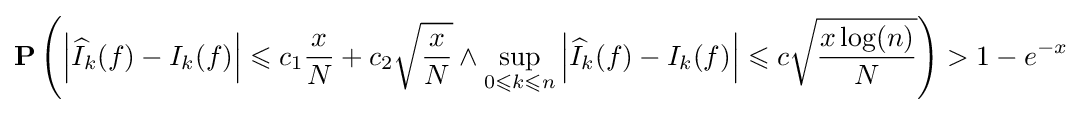
\mathbf {P} \left(\left|{\widehat {I}}_{k}(f)-I_{k}(f)\right|\leqslant c_{1}{\frac {x}{N}}+c_{2}{\sqrt {\frac {x}{N}}}\land \sup _{0\leqslant k\leqslant n}\left|{\widehat {I}}_{k}(f)-I_{k}(f)\right|\leqslant c{\sqrt {\frac {x\log(n)}{N}}}\right)>1-e^{-x}